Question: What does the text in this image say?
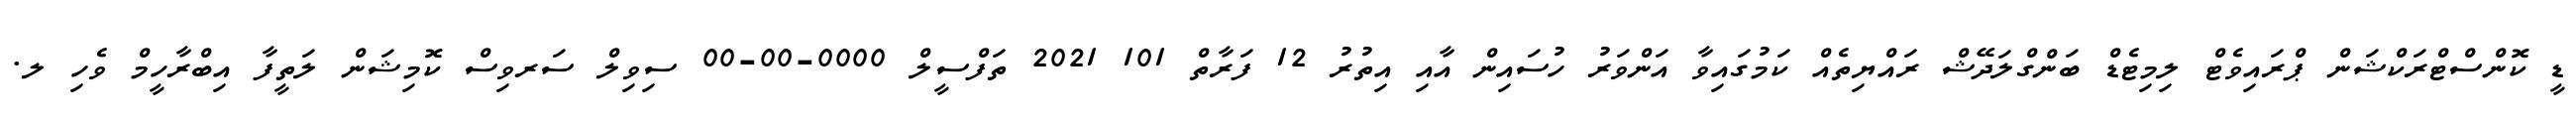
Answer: ޑީ ކޮންސްޓްރަކްޝަން ޕްރައިވެޓް ލިމިޓެޑް ބަންގްލަދޭޝް ރައްޔިތެއް ކަމުގައިވާ އަންވަރު ހުސައިން އާއި އިތުރު 12 ފަރާތް 101 2021 ތަފްސީލް 0000-00-00 ސިވިލް ސަރވިސް ކޮމިޝަން ލަތީފާ އިބްރާހީމް ވެހި ލ.